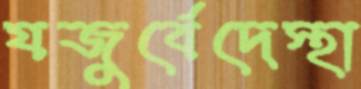
যজুর্বেদেস্থা